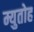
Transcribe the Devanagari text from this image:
म्युतोह